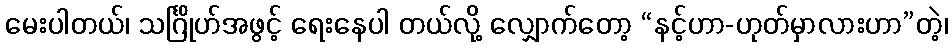
မေးပါတယ်၊ သင်္ဂြိုဟ်အဖွင့် ရေးနေပါ တယ်လို့ လျှောက်တော့ “နင့်ဟာ-ဟုတ်မှာလားဟာ”တဲ့၊